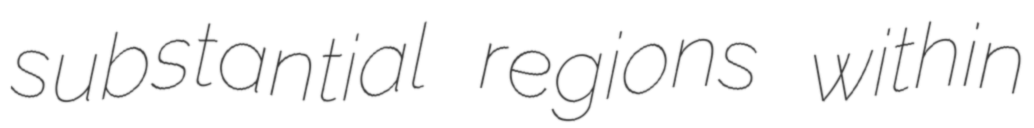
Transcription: substantial regions within